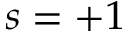
s = + 1